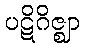
ပဋိဂိဇ္ဈာ